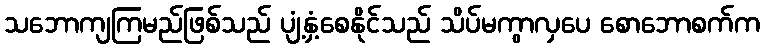
သဘောကျကြမည်ဖြစ်သည် ပျံ့နှံ့စေနိုင်သည် သိပ်မကွာလှပေ စောဘောစက်က